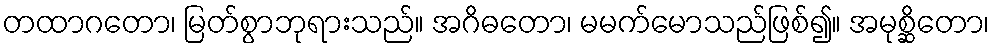
တထာဂတော၊ မြတ်စွာဘုရားသည်။ အဂိဓတော၊ မမက်မောသည်ဖြစ်၍။ အမုစ္ဆိတော၊